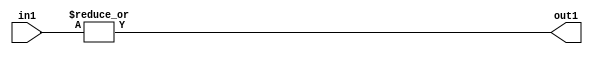
`timescale 1ps / 1ps
/*****************************************************************************
    Verilog RTL Description
    
    
    Created by: Stratus DpOpt 2019.1.01 
*******************************************************************************/

module st_feature_addr_gen_OrReduction_4U_1U_4_3 (
	in1,
	out1
	); /* architecture "behavioural" */ 
input [3:0] in1;
output  out1;
wire  asc001;

assign asc001 = 
	(|in1);

assign out1 = asc001;
endmodule

/* CADENCE  urb4TAs= : u9/ySgnWtBlWxVPRXgAZ4Og= ** DO NOT EDIT THIS LINE ******/